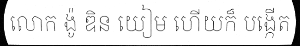
លោក ង៉ូ ឌិន យៀម ហើយក៏ បង្កើត